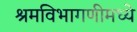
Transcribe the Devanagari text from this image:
श्रमविभागणीमध्ये